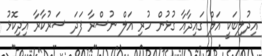
އިދުލިބަކީ އަލް ގައިދާއާ ގުޅުން ހުރި އަލް ނުސްރާ ފަދަ ސަރުކާރާ އިދިކޮޅު